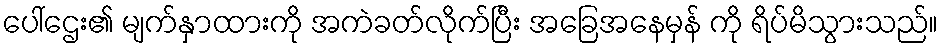
ပေါ်ဌေး၏ မျက်နှာထားကို အကဲခတ်လိုက်ပြီး အခြေအနေမှန် ကို ရိပ်မိသွားသည်။